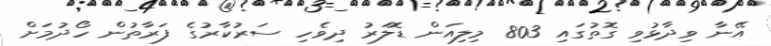
އޭނާ ވިދާޅުވި ގޮތުގައި 803 މިލިއަން ޑޮލަރު ދިވެހި ސަރުކާރުގެ ފަރާތުން ހޯދުމަށް